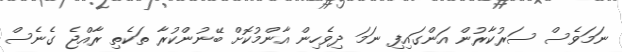
ނަމަވެސް ސަރުކާރުން އަންގައިފި ނަމަ ދިވެހިން އާންމުކޮށް ބޭނުންކުރާ ތަކެތި ރާއްޖެ ގެނެސް